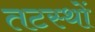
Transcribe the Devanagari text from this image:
तटस्थों